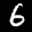
Label: 6